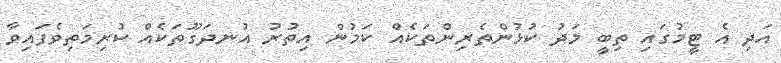
އަދި އެ ޓީމުގައި ތިބީ މަދު ކުޅުންތެރިންތަކެއް ކަމުން އިތުރު އުނދަގޫތަކެއް ކުރިމަތިވެފައިވާ